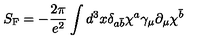
S _ { \mathrm { F } } = - \frac { 2 \pi } { e ^ { 2 } } \int d ^ { 3 } x \delta _ { a \bar { b } } \chi ^ { a } \gamma _ { \mu } \partial _ { \mu } \chi ^ { \bar { b } }